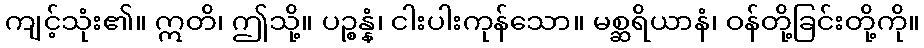
ကျင့်သုံး၏။ ဣတိ၊ ဤသို့။ ပဉ္စန္နံ၊ ငါးပါးကုန်သော။ မစ္ဆရိယာနံ၊ ဝန်တို့ခြင်းတို့ကို။